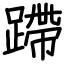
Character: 蹛